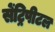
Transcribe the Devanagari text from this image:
सेंट्रिपीटल